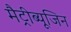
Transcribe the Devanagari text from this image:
मैट्रीब्यूजिन